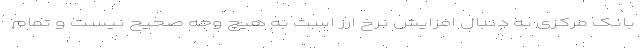
بانک مرکزی به دنبال افزایش نرخ ارز است به هیچ وجه صحیح نیست و تمام